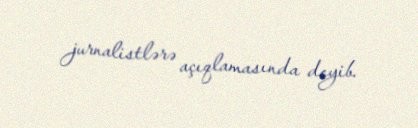
jurnalistlərə açıqlamasında deyib.